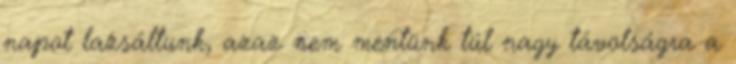
napot lazsáltunk, azaz nem mentünk túl nagy távolságra a